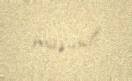
maşındı.